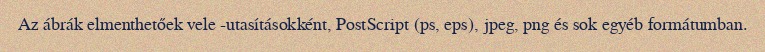
Az ábrák elmenthetőek vele -utasításokként, PostScript (ps, eps), jpeg, png és sok egyéb formátumban.